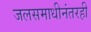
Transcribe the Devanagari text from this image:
जलसमाधीनंतरही